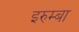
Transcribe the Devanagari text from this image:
इरुम्बा